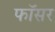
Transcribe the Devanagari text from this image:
फॉसर